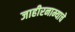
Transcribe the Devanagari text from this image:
जाहीरनाम्याचे